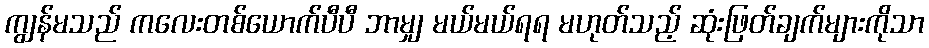
ကျွန်မသည် ကလေးတစ်ယောက်ပီပီ ဘာမျှ မယ်မယ်ရရ မဟုတ်သည့် ဆုံးဖြတ်ချက်များကိုသာ